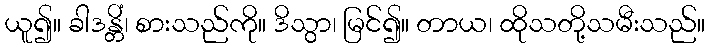
ယူ၍။ ခါဒန္တိံ၊ စားသည်ကို။ ဒိသွာ၊ မြင်၍။ တာယ၊ ထိုသတို့သမီးသည်။